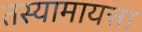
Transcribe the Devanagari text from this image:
तस्यामायत्ता